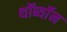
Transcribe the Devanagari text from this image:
थॉर्ब्यॉन